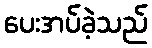
ပေးအပ်ခဲ့သည်